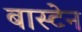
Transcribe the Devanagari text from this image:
बास्टेन